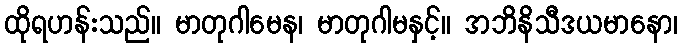
ထိုရဟန်းသည်။ မာတုဂါမေန၊ မာတုဂါမနှင့်။ အဘိနိသီဒယမာနော၊